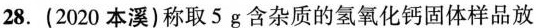
28. (2020本溪) 称取5g含杂质的氢氧化钙固体样品放